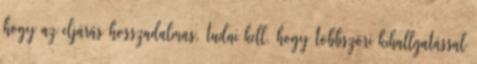
hogy az eljárás hosszadalmas, tudni kell, hogy többszöri kihallgatással